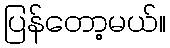
ပြန်တော့မယ်။